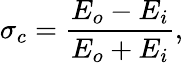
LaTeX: \sigma_{c}=\frac{E_{o}-E_{i}}{E_{o}+E_{i}},